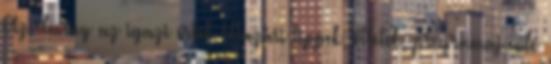
Az élmény az igazi érték Utazási tippek, ötletek, programajánló